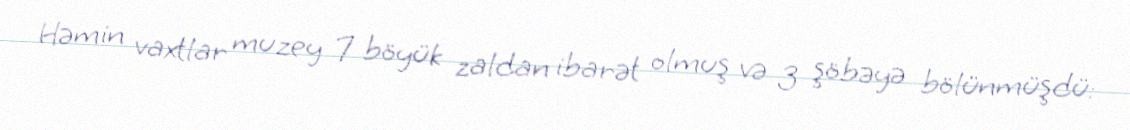
Həmin vaxtlar muzey 7 böyük zaldan ibarət olmuş və 3 şöbəyə bölünmüşdü: